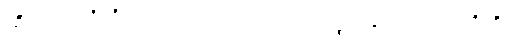
ထိုတရားတို့ကို။ ဥဂ္ဂဟေတဗ္ဗံဥဂ္ဂဟေတဗ္ဗေ၊ ယူအပ်သည်တို့ကို။